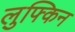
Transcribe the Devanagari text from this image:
लुफ्किन